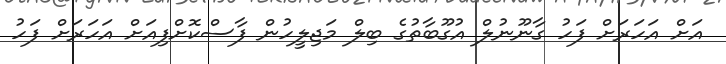
އަށް އަހަރަށް ފަހު ގާނޫނުލް އުގޫބާތުގެ ބިލް މަޖިލީހުން ފާސްކޮށްފިއަށް އަހަރަށް ފަހު